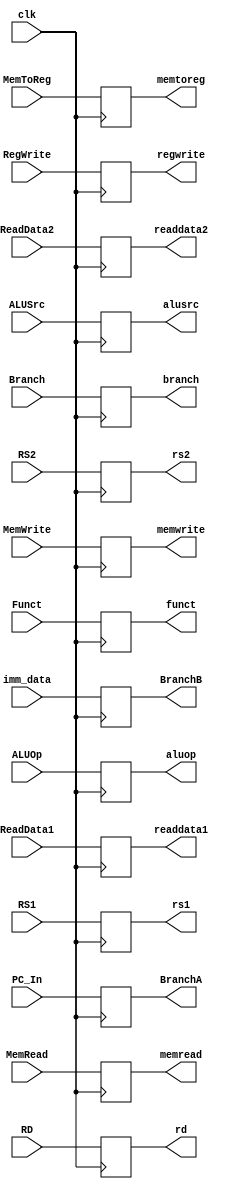
`timescale 1ns / 1ps

module ID_EX(input clk, 
input wire MemToReg, input wire RegWrite,
input wire Branch, input wire MemWrite, input wire MemRead,
input wire [1:0] ALUOp, input wire ALUSrc,  
input wire [63:0] PC_In, input wire [63:0] imm_data, input wire [63:0] ReadData1, input wire [63:0] ReadData2, 
input wire [4:0] RS1, input wire [4:0] RS2, input wire [4:0] RD, input wire [3:0] Funct, 

output reg memtoreg, output reg regwrite,
output reg branch, output reg memwrite, output reg memread,
output reg [1:0] aluop, output reg alusrc,

output reg [63:0] BranchA, output reg [63:0] BranchB,

output reg [63:0] readdata1, readdata2,

output reg [4:0] rs1, output reg [4:0] rs2, output reg [4:0] rd, output reg [3:0] funct);

initial
begin
    memtoreg <= 0;
    regwrite <= 0;
    branch <= 0;
    memwrite <= 0;
    memread <= 0;
    aluop <= 0;
    alusrc <= 0;
end

always @(posedge clk)
begin
    memtoreg <= MemToReg;
    regwrite <= RegWrite;
    branch <= Branch;
    memwrite <= MemWrite;
    memread <= MemRead;
    aluop <= ALUOp;
    alusrc <= ALUSrc;
    BranchA <= PC_In;
    BranchB <= imm_data;
    readdata1 <= ReadData1;
    readdata2 <= ReadData2;
    rs1 <= RS1;
    rs2 <= RS2;
    rd <= RD;
    funct <= Funct;
end
endmodule